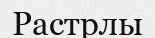
Растрлы